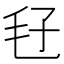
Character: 𣬥